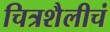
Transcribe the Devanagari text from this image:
चित्रशैलीचं